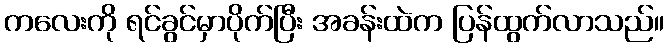
ကလေးကို ရင်ခွင်မှာပိုက်ပြီး အခန်းထဲက ပြန်ထွက်လာသည်။